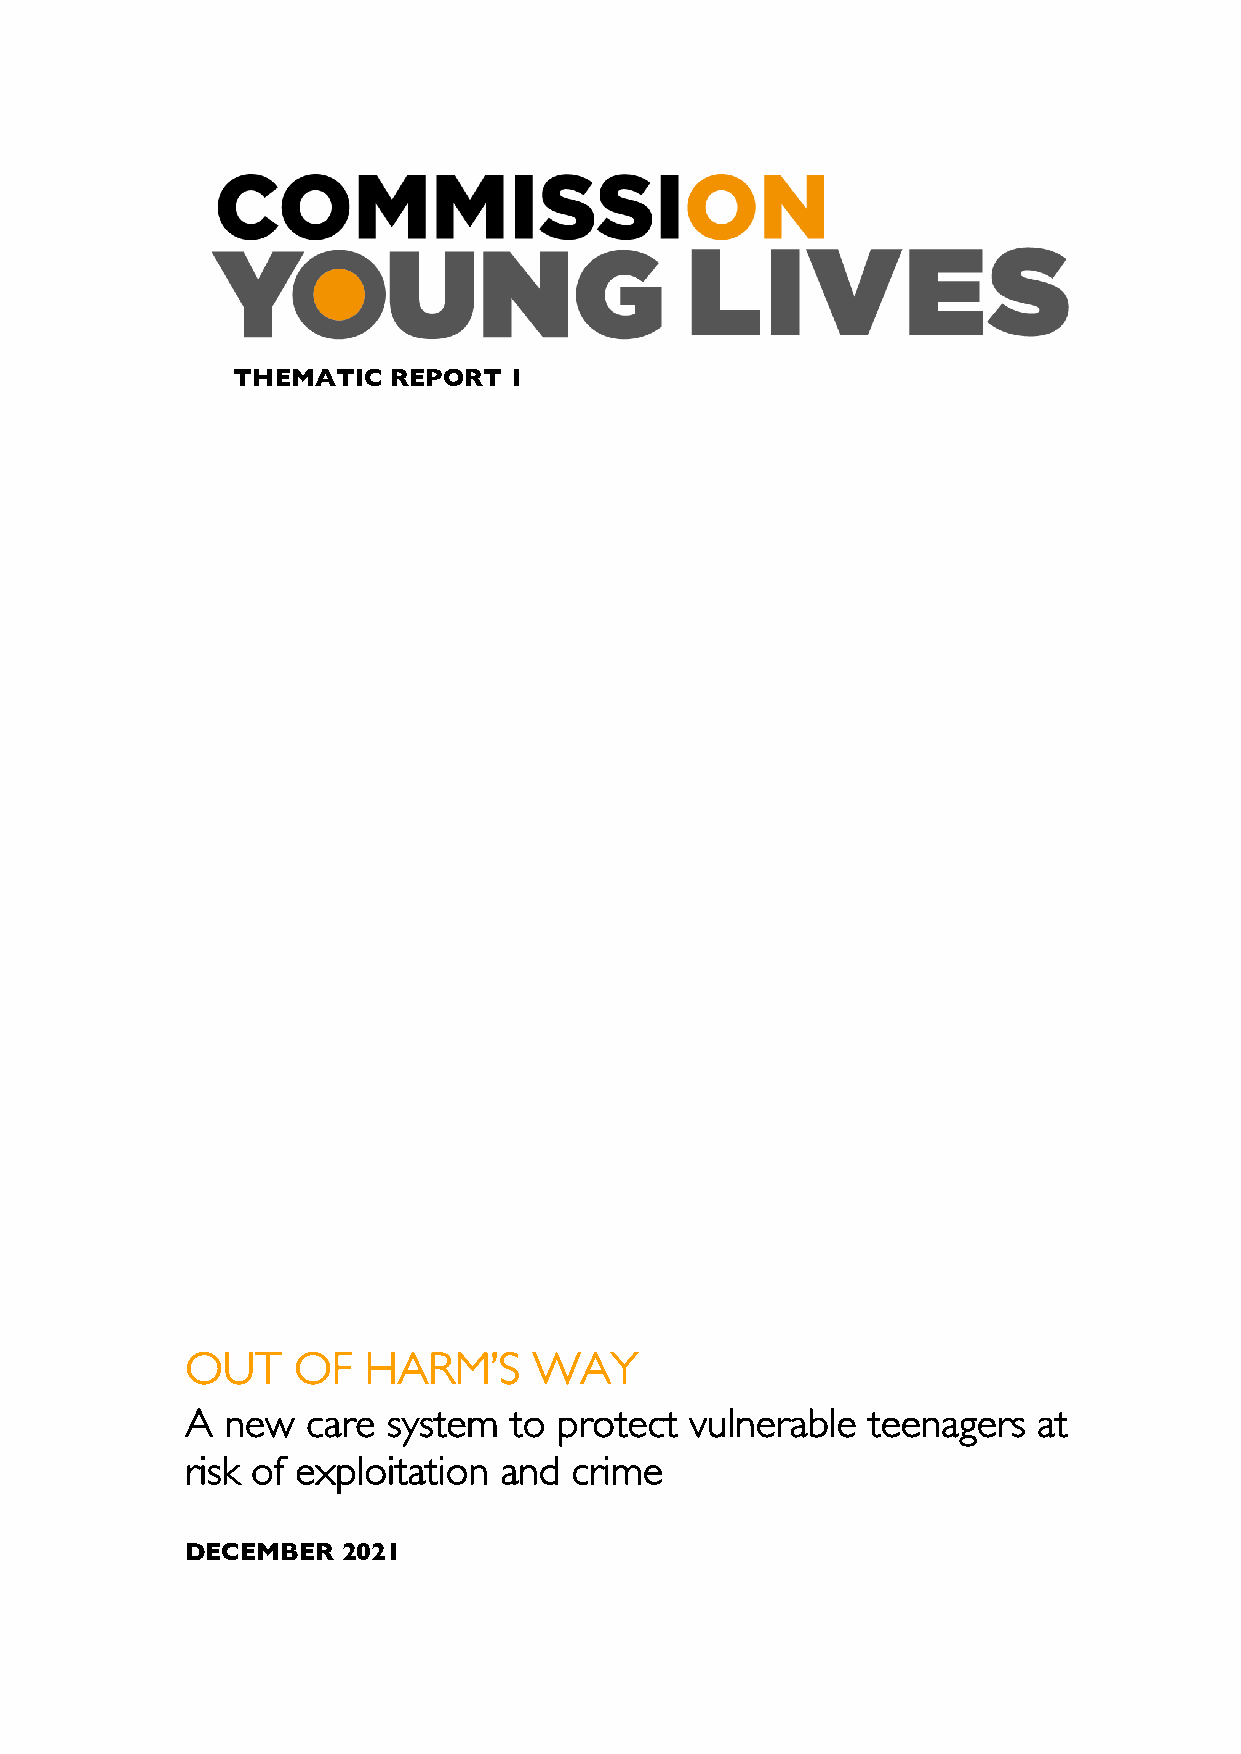
THEMATIC   REPORT  1
 OUT    OF   HARM’S     WAY
 A  new  care  system  to protect  vulnerable teenagers   at
 risk of exploitation and  crime
 DECEMBER   2021